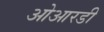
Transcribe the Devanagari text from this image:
ओआरडी